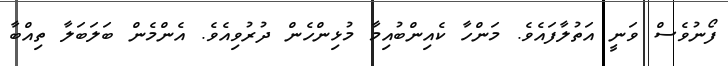
ފޯނުވެސް ވަނީ އަތުލާފައެވެ. މަންހާ ކެއިންބުއިމާ މުޅިންހެން ދުރުވިއެވެ. އެންމެން ބަލަބަލާ ތިއްބާ